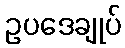
ဥပဒေချုပ်